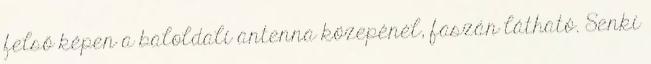
felső képen a baloldali antenna közepénél, faszán látható. Senki